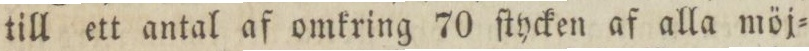
till ett antal af omkring 70 ſtycken af alla möj=